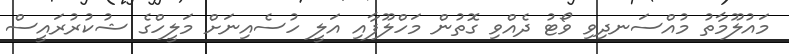
މައުލޫމާތު މުއްސަނދިވި ވޯޓު ދެއްވި ގޮތުން މަހްލޫފާއި އަލީ ހުސެއިނަށް މަލީހްގެ ޝުކުރުރައީސް